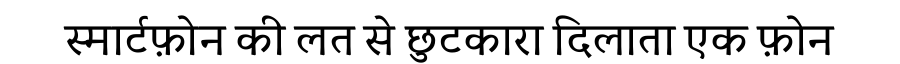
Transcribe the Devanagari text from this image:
स्मार्टफ़ोन की लत से छुटकारा दिलाता एक फ़ोन